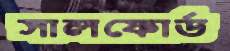
সালফোর্ড